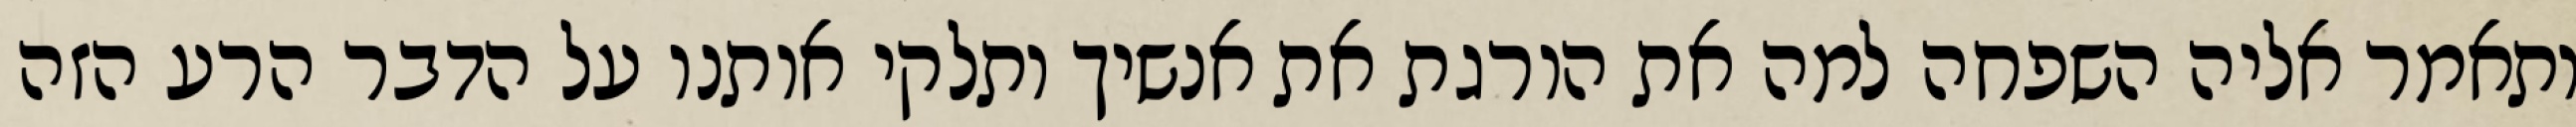
ותאמר אליה השפחה למה את הורגת את אנשיך ותלקי אותנו על הדבר הרע הזה